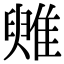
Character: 𩀑